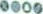
0000